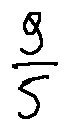
\frac { 9 } { 5 }